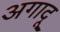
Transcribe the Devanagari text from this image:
अगादू